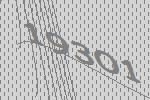
19301